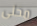
محلى